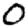
Digit: 0